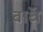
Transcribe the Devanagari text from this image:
बाॅध